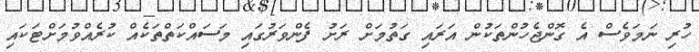
ހުރި ނަމަވެސް އެ ގޮންޖެހުންތަކުން އަރައި ގަތުމަށް ރަށު ފެންވަރުގައި މަސައްކަތްތަކެއް ކުރެއްވުމަށްޓަކައި